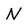
Character: N